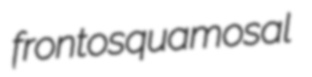
frontosquamosal